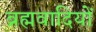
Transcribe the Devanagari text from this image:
ब्रह्मवादियों